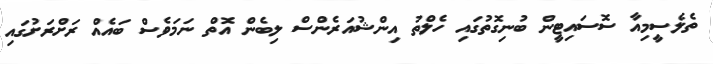
ތެލެސީމިއާ ސޮސައިޓީން ބުނިގޮތުގައި ހެލްތު އިންޝުއަރެންސް ލިބެން އޮތް ނަމަވެސް ބައެއް ރަށްރަށުގައި